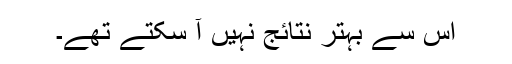
اس سے بہتر نتائج نہیں آ سکتے تھے۔